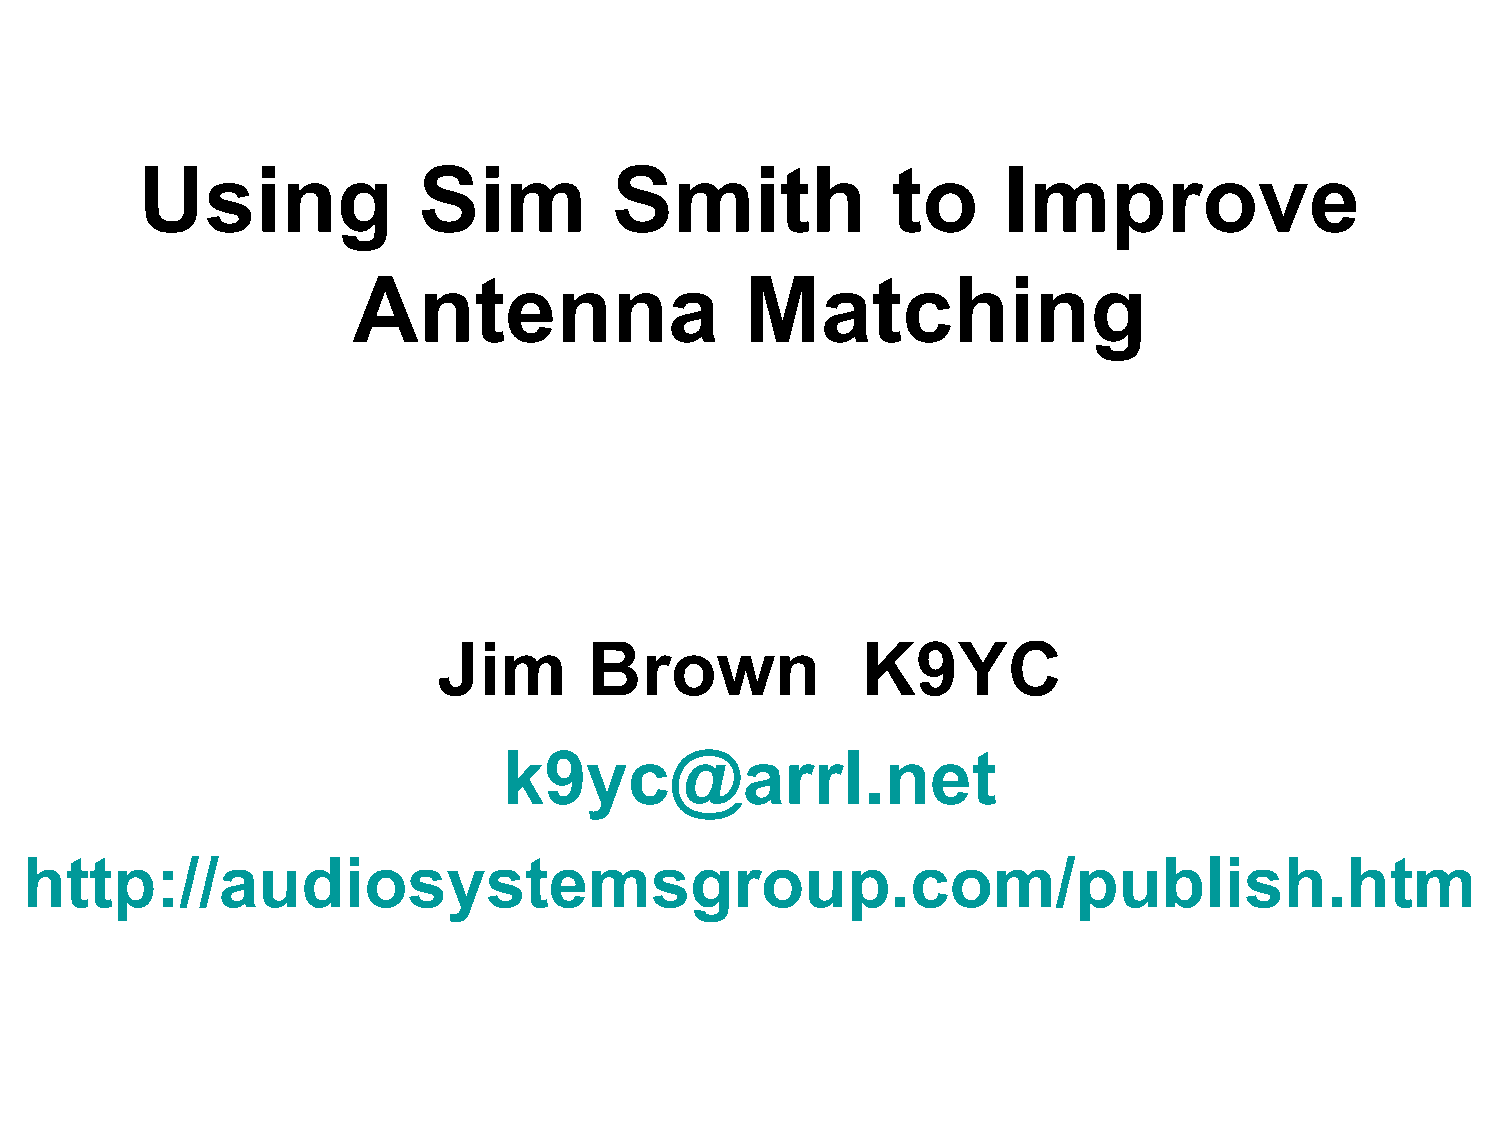
Using              Sim          Smith             to     Improve
 Antenna                   Matching
 Jim       Brown             K9YC
 k9yc@arrl.net
 http://audiosystemsgroup.com/publish.htm